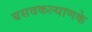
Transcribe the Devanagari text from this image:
बसवकल्याणके